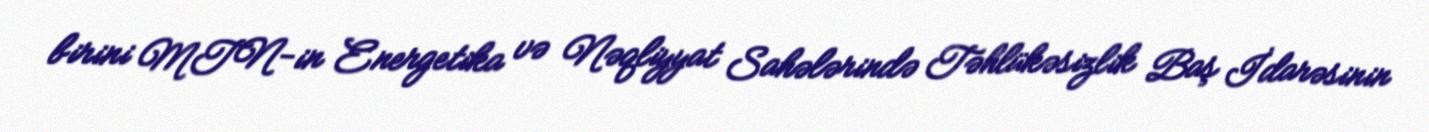
birini MTN-in Energetika və Nəqliyyat Sahələrində Təhlükəsizlik Baş İdarəsinin